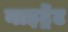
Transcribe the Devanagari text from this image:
नाइट्रेंट